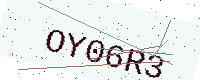
Text: OY06R3